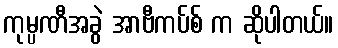
ကုမ္ပဏီအခွဲ အာဗီကပ်စ် က ဆိုပါတယ်။